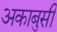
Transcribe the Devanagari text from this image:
अकाबुसी